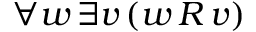
\forall w \, \exists v \, ( w \, R \, v )